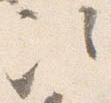
次